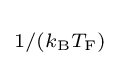
\scriptstyle 1/(k_{\rm {B}}T_{\rm {F}})